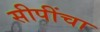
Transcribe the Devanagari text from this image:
सीपींचा